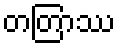
တတြာဿ